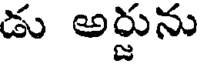
డు అర్జును